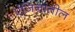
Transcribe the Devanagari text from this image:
एंजिनातील